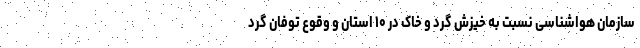
سازمان هواشناسی نسبت به خیزش گرد و خاک در ۱۰ استان و وقوع توفان گرد